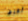
أعرف